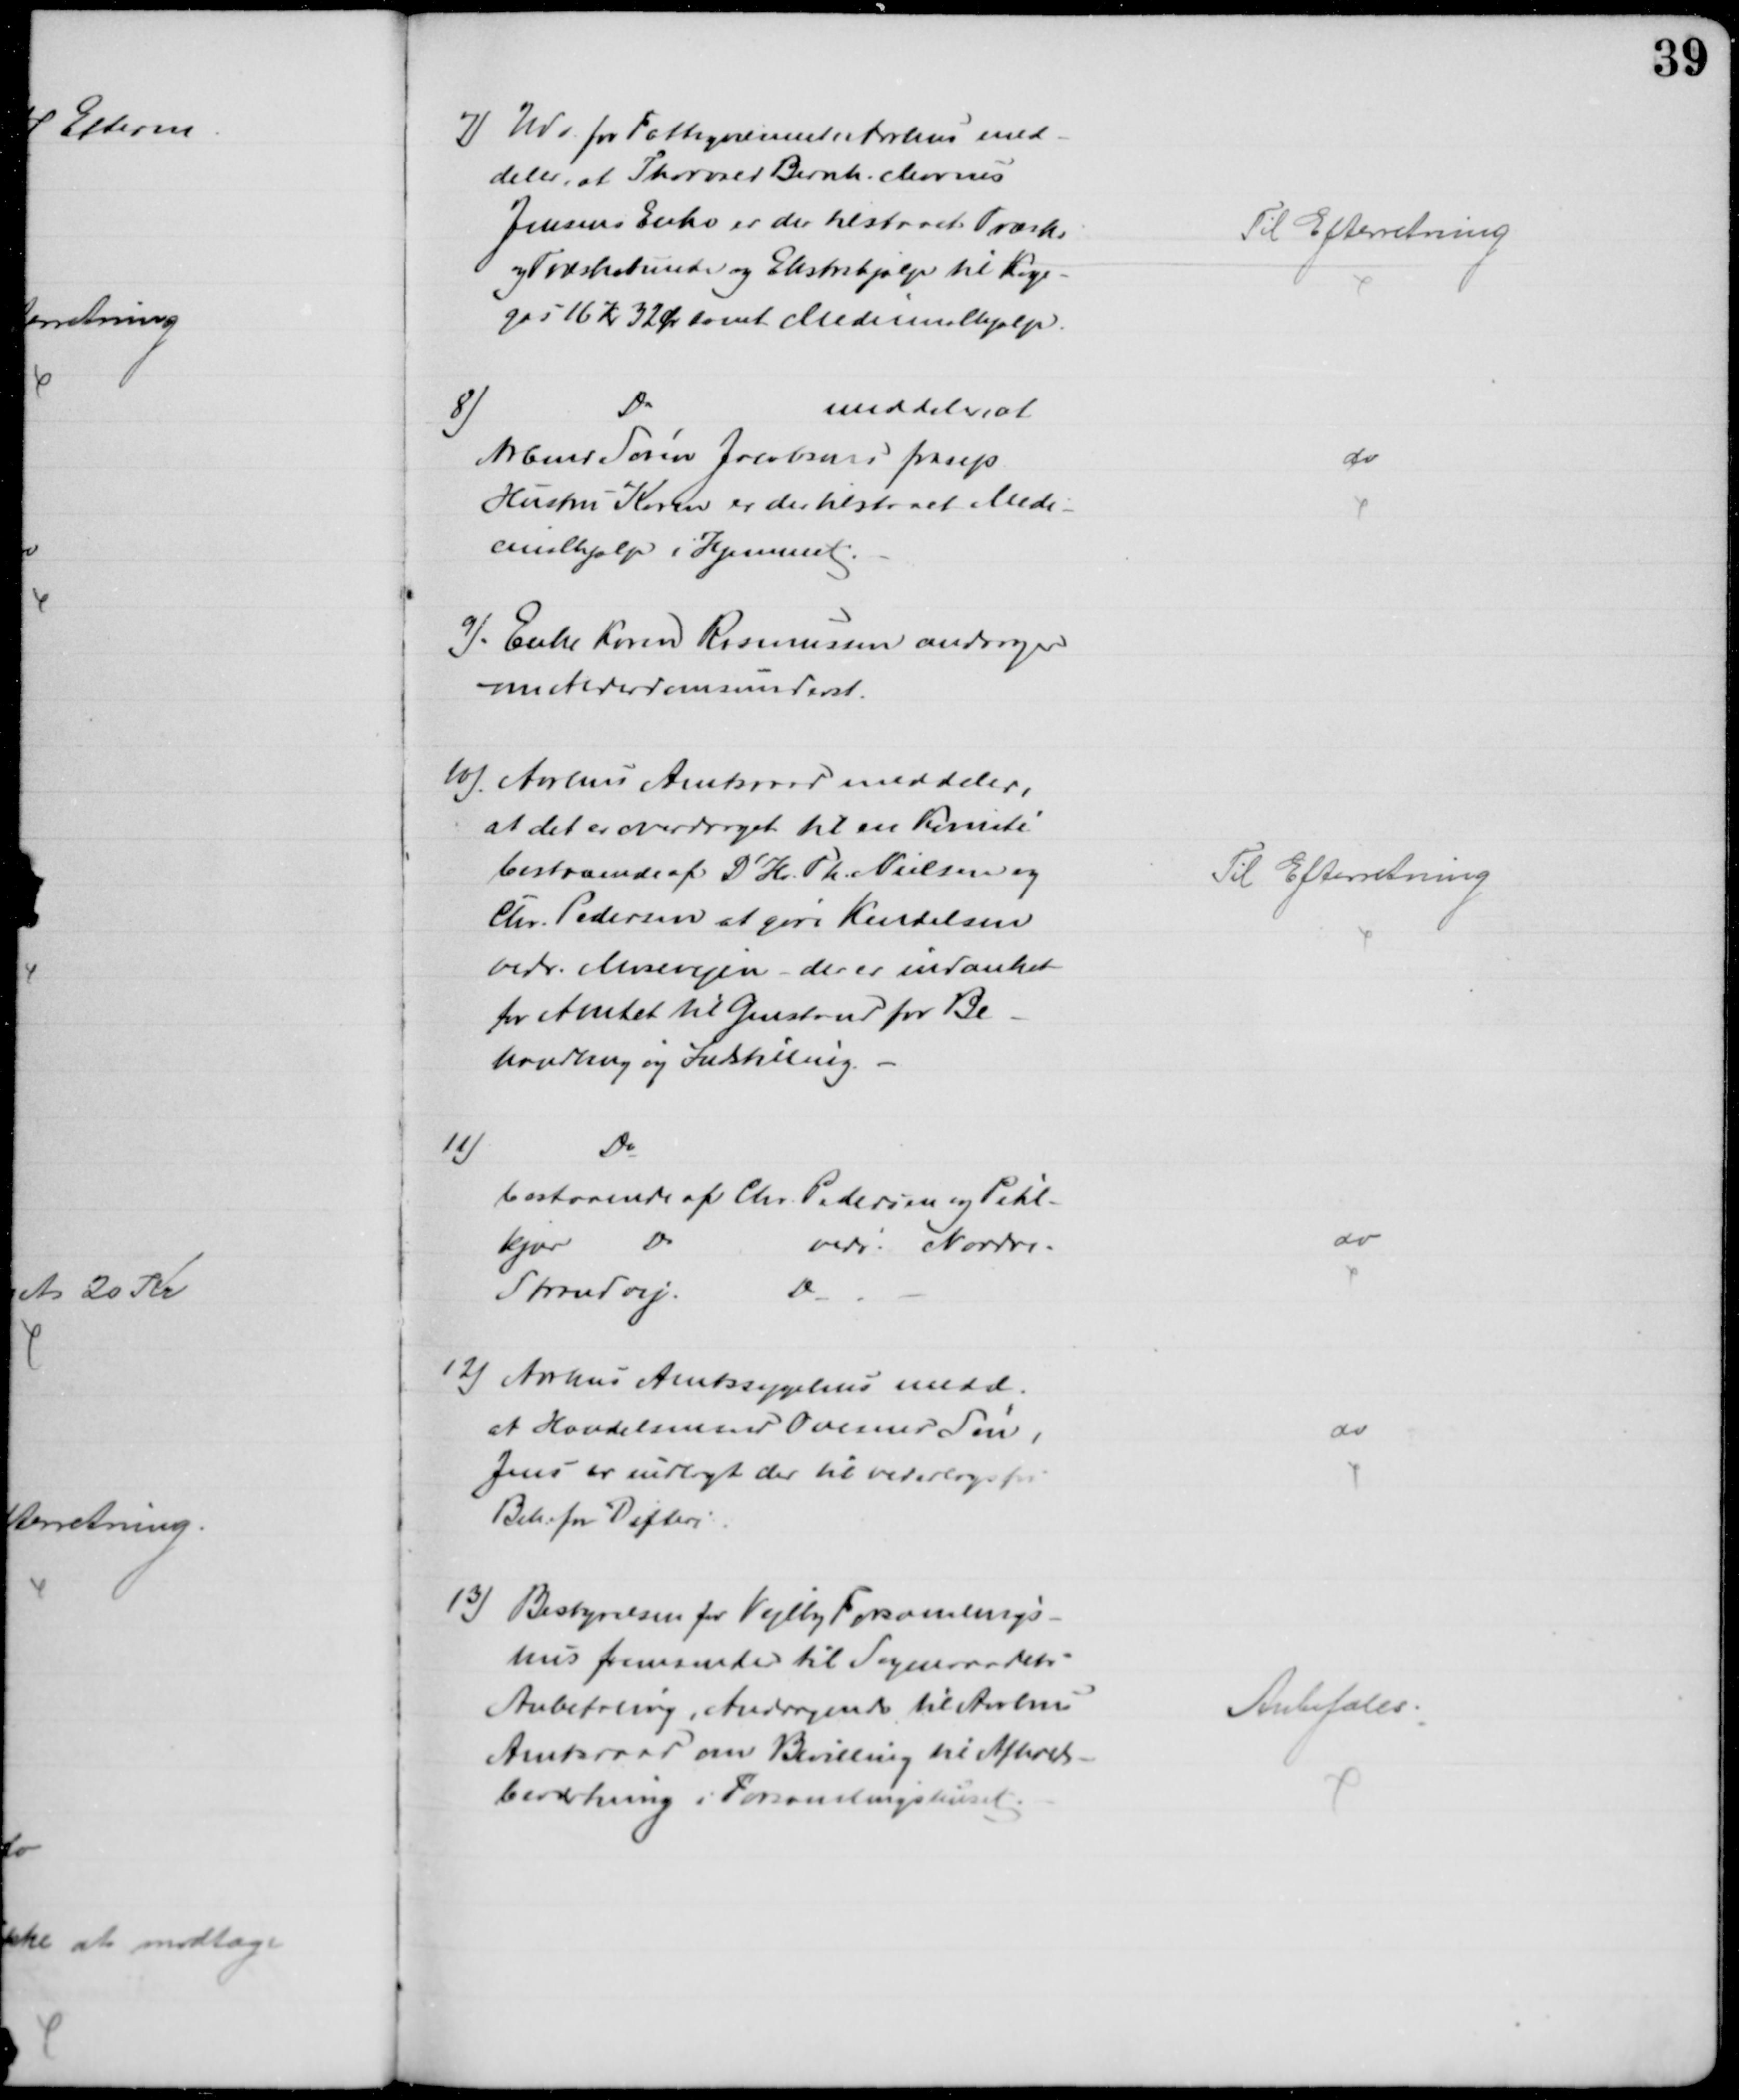
Transskription:
7) Udv. for Fattigvæsenet i Aarhus med-
deler, at Thorvald Bernh. Marius
Jensens Enke er der tilstaaet Træsko
og Træskobunde og Ekstrahjælp til Koge-
gas 16 Kr 32 Ør samt Medicinalhjælp.
Til Efterretning
8)
Do
meddeler, at
Arbmd Søren Jacobsens frasep.
Hustru Karen er der tilstaaet Medi-
cinalhjælp i Hjemmet.
do
9). Enke Karen Rasmussen andrager
om Alderdomsunderst.
10)  Aarhus Amtsraad meddeler,
at det er overdraget til en Komité
bestaaende af D' Hr. Th. Nielsen og
Chr. Pedersen at gøre Kendelsen
vedr. Mosevejen - der er indanket
for Amtet til Genstand for Be-
handling og Indstilling.
Til Efterretning
11)
Do
bestaaende af Chr. Pedersen og Pihl-
kjær 
Do
vedr. Nordre-
Strandvej.
Do
do
12) Aarhus Amtssygehus medd.
at Handelsmand Ovesens Søn,
Jens er indlagt der til vederlagsfri
Beh. for Difteri
do
13)
Bestyrelsen for Vejlby Forsamlings-
hus fremsender til Sogneraadets
Anbefaling, Andragende til Aarhus
Amtsraad om Bevilling til Afholds-
beværtning i Forsamlingshuset.
Anbefales.